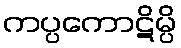
ကပ္ပကောဋိမ္ပိ